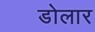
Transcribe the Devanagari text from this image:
डोलार